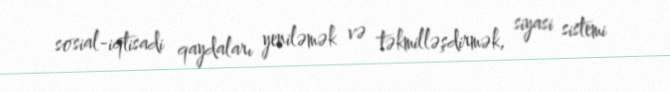
sosial-iqtisadi qaydaları yeniləmək və təkmilləşdirmək, siyasi sistemi